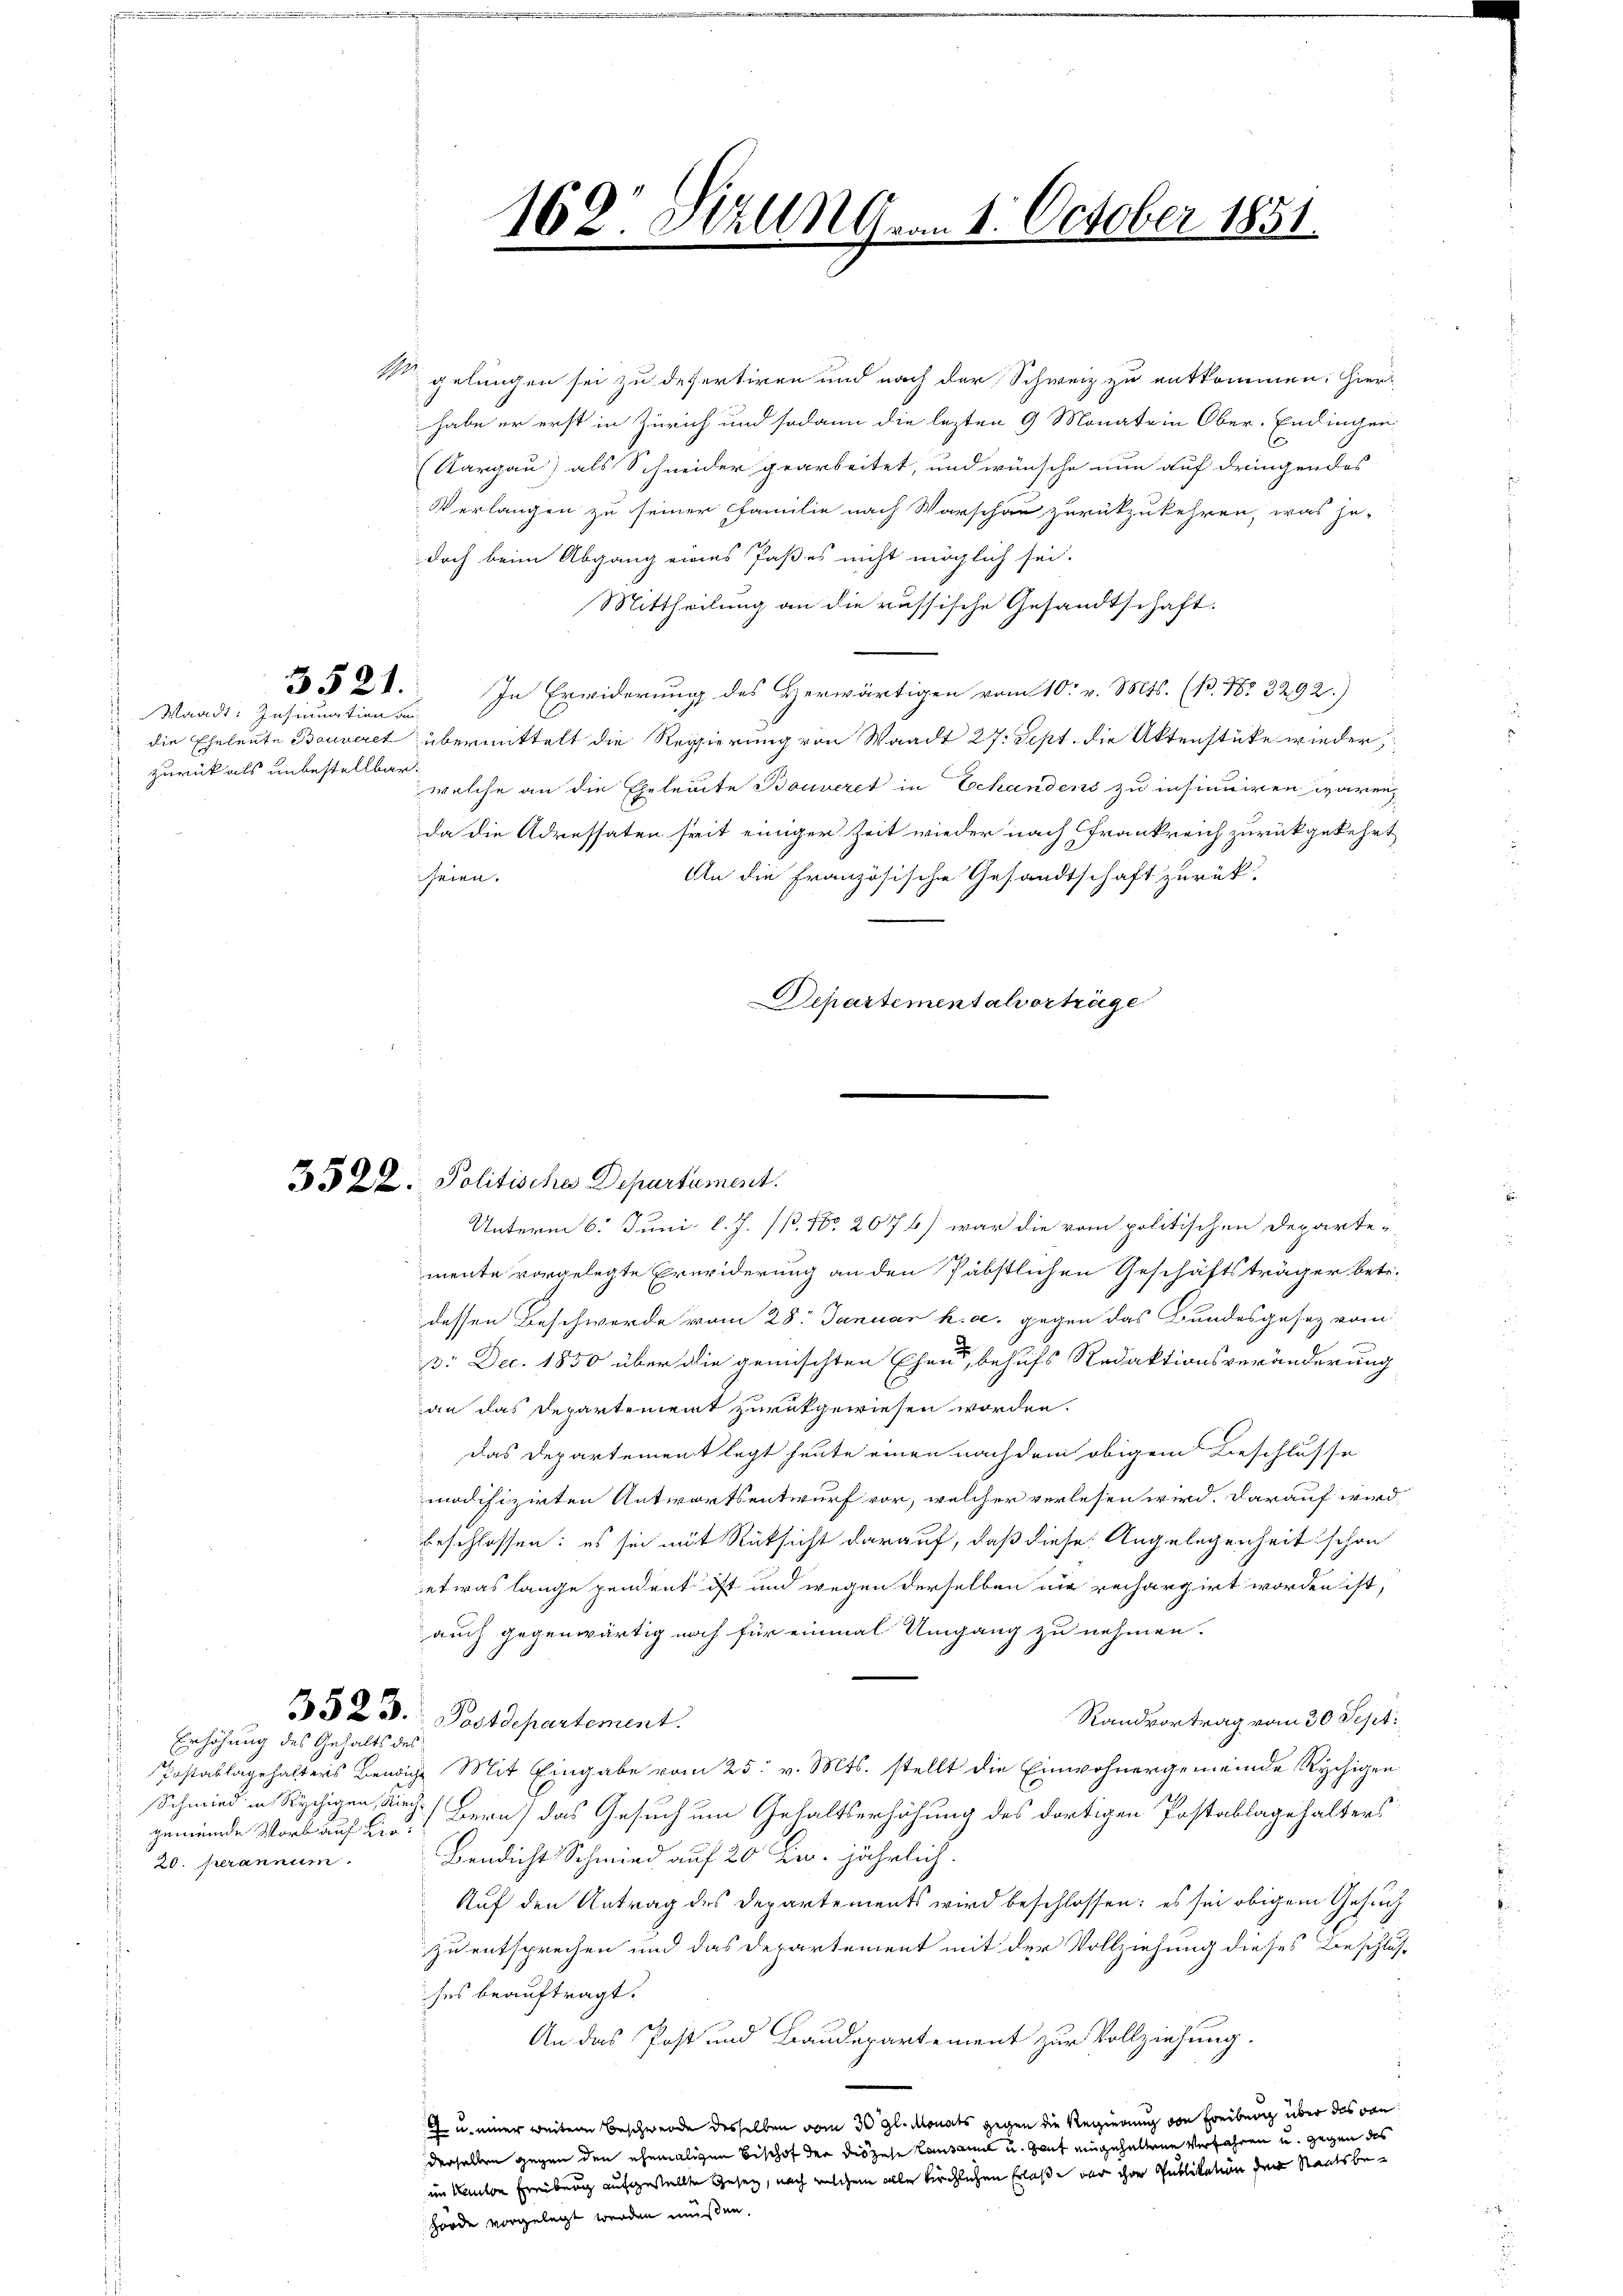
zurück als unbestellbar.

3521.
Waadt: Instination bei

Erhöhung des Gehalts des

gemeinde Vorkauf Kir¬
20. herannum

1 gelungen sei zu defertiren und nach der Schweiz zu entkommen. Hierhabe er erst in Zürich und sodann die lezten 9 Monate in Ober-Endingen,
(Aargau) als Schneider gearbeitet, und wünsche nun auf dringendes
Verlangen zu seiner Familie nach Warschau zurückzukehren, was je-
doch beim Abgang eines Paßes nicht möglich sei.
Mittheilung an die russische Gesandtschaft.
In Erwiderung des Herwärtigen vom 10. v. Mts. (P. Nr. 3292)
die Eheleute Bouveret übermittelt die Regierung von Waadt 27. Sept. die Aktenstücke wieder,
welche an die Eheleite Bouveret in Echandens zu insinuiren wären,
da die Adressaten seit einiger Zeit wieder nach Frankreich zurückgekehrt
An die Französische Gesandtschaft zurück.
seien.
Departementalvorträge

3522. Politische Departement.
Unterm 6. Juni l. J. (B. 100 207 b) war die vom politischen Departe-
mente vorgelegte Erweiderung an den Päbstlichen Geschäftsträger betr.
dessen Beschwerde vom 28. Januar h. a. gegen das Bundesgesez vom
3: Dec. 1850 über die gemischten Ehen, behufs Redaktionsveränderung
an das Departement zurückgewiesen worden.
 Das Departement legt heute einen nach dem obigem Beschlusse
modifizirten Antwortsentwurf vor, welcher verlesen wird, darauf wird
beschlossen: es sie mit Rücksicht darauf, daß diese Angelegenheit schon
etwas lange pendent ist und wegen derselben die rechargirt worden ist,
auch gegenwärtig noch für einmal Umgang zu nehmen.
3523. Postdepartement.
Randvortrag vom 30 Sept:
ostablagehalters Bendige Mit Eingabe vom 25. v. Mts. stellt die Einwohnergemeinde Rychigen
Schmied in Rychigen der Bern) das Gesuch um Gehaltserhöhung des dortigen Postablagehalters
Bendicht Schmied auf 20 Fr. jährlich.
Auf den Antrag des Departements wird beschlossen: es sei obigem Gesuch
zu entsprechen und das Departement mit der Vollziehung dieses Beschluss
ses beauftragt.
An das Post und Baudepartement zur Vollziehung.
6 u. einer weitern Beschwerde desselben vom 30 gl. Monats gegen die Regierung von Freibung über das von
derselben gegen den ehemaligen Bischof der Diözese Lausanna u. Zeit eingehaltene Verfahren u. gegen des
im Kanton Freibung aufgestellte Gesetz, nach welchem alle kirchlichen Erlaße der ihre Publikation der Staatsbe¬
Hörde vorgelegt werden müßen.

162. Sizung. am 1. October 1851.